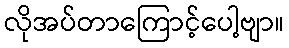
လိုအပ်တာကြောင့်ပေါ့ဗျာ။